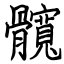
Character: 髖